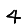
Digit: 4